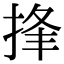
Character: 捀